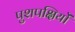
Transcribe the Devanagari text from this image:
पुशपक्षियों